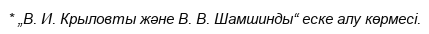
* „В. И. Крыловты және В. В. Шамшинды“ еске алу көрмесі.